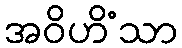
အဝိဟိံသာ